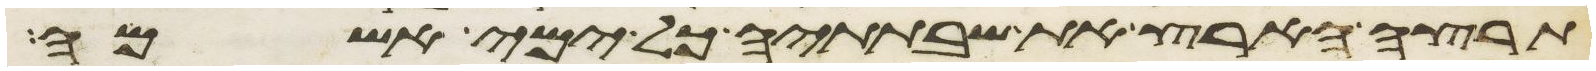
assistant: תרצה הארץ את שבתתיה כל ימי אשמה